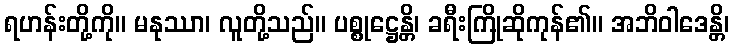
ရဟန်းတို့ကို။ မနုဿာ၊ လူတို့သည်။ ပစ္စုဋ္ဌေန္တိ၊ ခရီးကြိုဆိုကုန်၏။ အဘိဝါဒေန္တိ၊